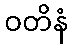
ဝတိနံ